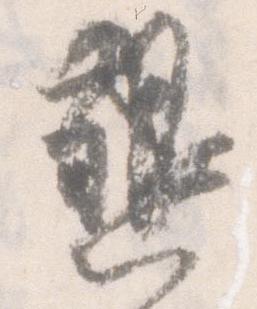
懇